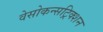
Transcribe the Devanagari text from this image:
वेसोकन्सट्रिक्शन